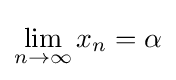
\lim \limits _{n\to \infty }x_{n}=\alpha